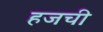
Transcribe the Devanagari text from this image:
हजची